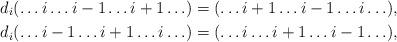
LaTeX: \begin{align*}d_i(\ldots i \ldots i-1 \ldots i+1 \ldots) = (\ldots i+1 \ldots i-1 \ldots i \ldots),\\d_i(\ldots i-1 \ldots i+1 \ldots i \ldots) = (\ldots i \ldots i+1 \ldots i-1 \ldots),\end{align*}